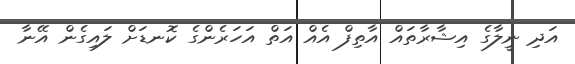
އަދި ނީލާގެ އިޝާރާތައް އާތިފް އެއް އަތް އަހަރެންގެ ކޮނޑަށް ލައިގެން އޭނާ